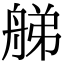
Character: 䑯